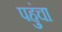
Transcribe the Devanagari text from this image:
पहुुंचा